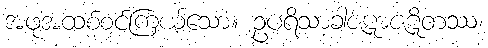
အဖုအထစ်စင်ကြယ်သော။ ဥပရိသာခါဇဋာဇဋိတဿ၊